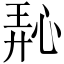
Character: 𪫵